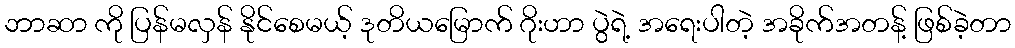
ဘာဆာ ကို ပြန်မလှန် နိုင်စေမယ့် ဒုတိယမြောက် ဂိုးဟာ ပွဲရဲ့ အရေးပါတဲ့ အခိုက်အတန့် ဖြစ်ခဲ့တာ